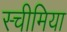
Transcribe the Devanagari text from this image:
स्चीमिया